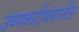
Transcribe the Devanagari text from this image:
उष्णकटीबंधातील